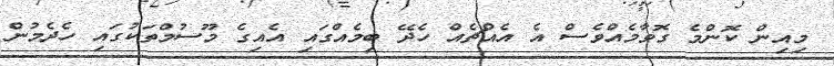
މިއިން ކޮންމެ ގޮވާމެއްވެސް އެ އެއްޗެއް ހެދޭ ބިމެއްގައި އެއިގެ މޫސުމްތަކުގައި ހެދެމުން